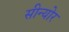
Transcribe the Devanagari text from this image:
सीन्योर